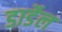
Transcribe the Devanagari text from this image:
डार्डेल